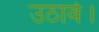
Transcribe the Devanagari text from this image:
उठावे।